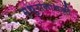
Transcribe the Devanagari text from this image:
मथुरानाथजी